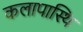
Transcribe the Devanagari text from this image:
कलापास्थि